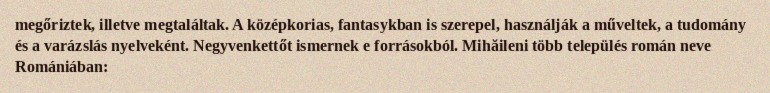
megőriztek, illetve megtaláltak. A középkorias, fantasykban is szerepel, használják a műveltek, a tudomány és a varázslás nyelveként. Negyvenkettőt ismernek e forrásokból. Mihăileni több település román neve Romániában: